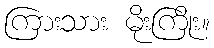
ကြားသား မိုးကြိုး။